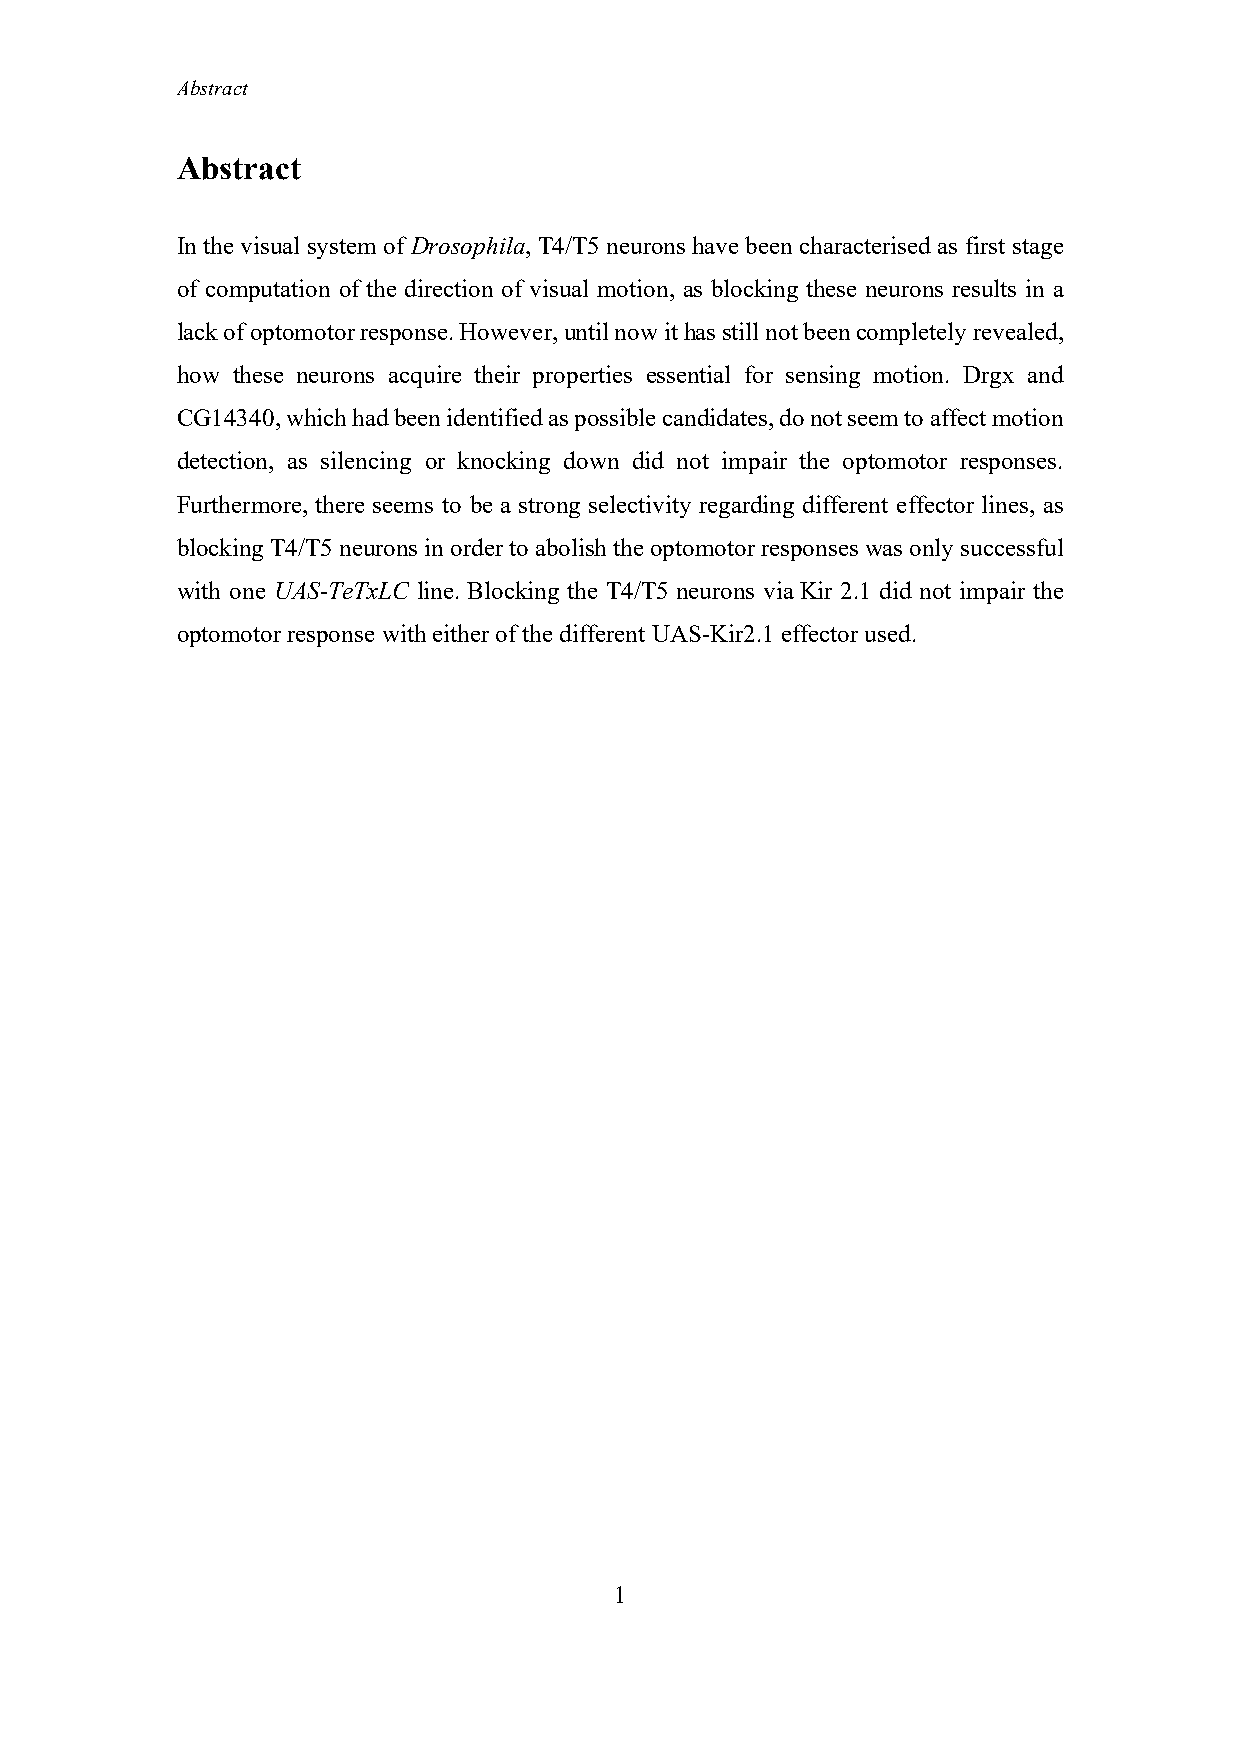
Abstract
 Abstract
 In the visual system of Drosophila, T4/T5 neurons have been characterised as first stage
 of computation of the direction of visual motion, as blocking these neurons results in a
 lack of optomotor response. However, until now it has still not been completely revealed,
 how these neurons acquire their properties essential for sensing motion. Drgx and
 CG14340, which had been identified as possible candidates, do not seem to affect motion
 detection, as silencing or knocking down did not impair the optomotor responses.
 Furthermore, there seems to be a strong selectivity regarding different effector lines, as
 blocking T4/T5 neurons in order to abolish the optomotor responses was only successful
 with one UAS-TeTxLC line. Blocking the T4/T5 neurons via Kir 2.1 did not impair the
 optomotor response with either of the different UAS-Kir2.1 effector used.
 1